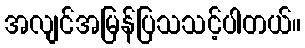
အလျင်အမြန်ပြသသင့်ပါတယ်။